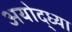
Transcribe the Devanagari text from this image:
अयोद्ध्या